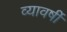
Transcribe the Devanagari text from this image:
व्यावर्षी